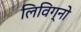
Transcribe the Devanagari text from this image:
लिविग्नो